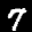
Label: 7